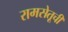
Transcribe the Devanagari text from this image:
रामसेतूची